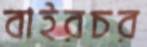
বাইরচর